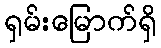
ရှမ်းမြောက်ရှိ